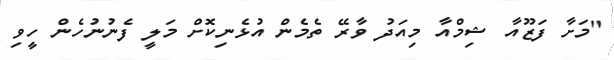
"މަށާ ފަޒޫއާ ޝިމްއާ މިއަދު ވާރޭ ތެމެން އުޅެނިކޮށް މަލީ ފެނުނުހެން ހީވި